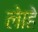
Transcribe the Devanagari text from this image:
लेाहे